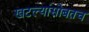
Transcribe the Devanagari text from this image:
खटल्यांसोबतच